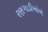
રણગાડીઓએ